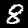
Digit: 8